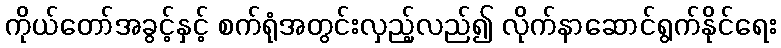
ကိုယ်တော်အခွင့်နှင့် စက်ရုံအတွင်းလှည့်လည်၍ လိုက်နာဆောင်ရွက်နိုင်ရေး